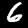
Label: 6